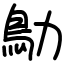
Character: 鳨